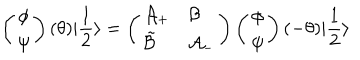
\left( \begin{array} { c } { { \phi } } \\ { { \psi } } \\ \end{array} \right) ( \theta ) | \frac { 1 } { 2 } \rangle = \left( \begin{array} { l l } { { \mathcal { A } _ { + } } } & { { \mathcal { B } } } \\ { { \tilde { \mathcal { B } } } } & { { \mathcal { A } _ { - } } } \\ \end{array} \right) \left( \begin{array} { c } { { \phi } } \\ { { \psi } } \\ \end{array} \right) ( - \theta ) | \frac { 1 } { 2 } \rangle